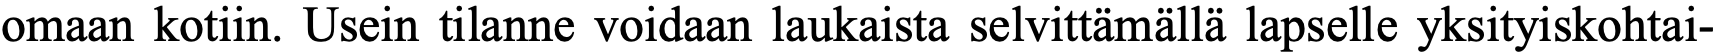
omaan kotiin. Usein tilanne voidaan laukaista selvittämällä lapselle yksityiskohtai-